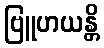
ဗြူဟယန္တိ